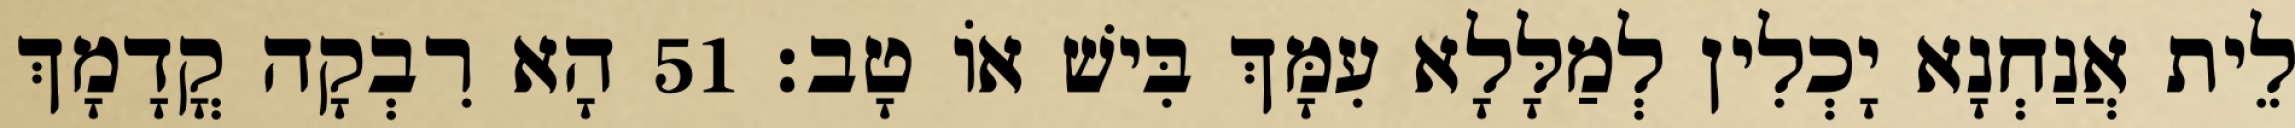
לֵית אֲנַחְנָא יָכְלִין לְמַלָּלָא עִמָּךְ בִּישׁ אוֹ טָב׃ 51 הָא רִבְקָה קֳדָמָךְ